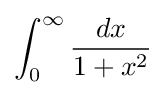
\int _{0}^{\infty }{\frac {dx}{1+x^{2}}}